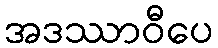
အဒဿာဝီပေ